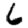
Digit: 6